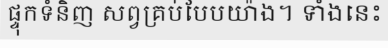
ផ្ទុកទំនិញ សព្វគ្រប់បែបយ៉ាង។ ទាំងនេះ